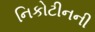
નિકોટીનની